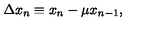
\Delta x _ { n } \equiv x _ { n } - \mu x _ { n - 1 } ,